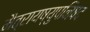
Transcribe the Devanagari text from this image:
मैत्रायष्युपनिषद